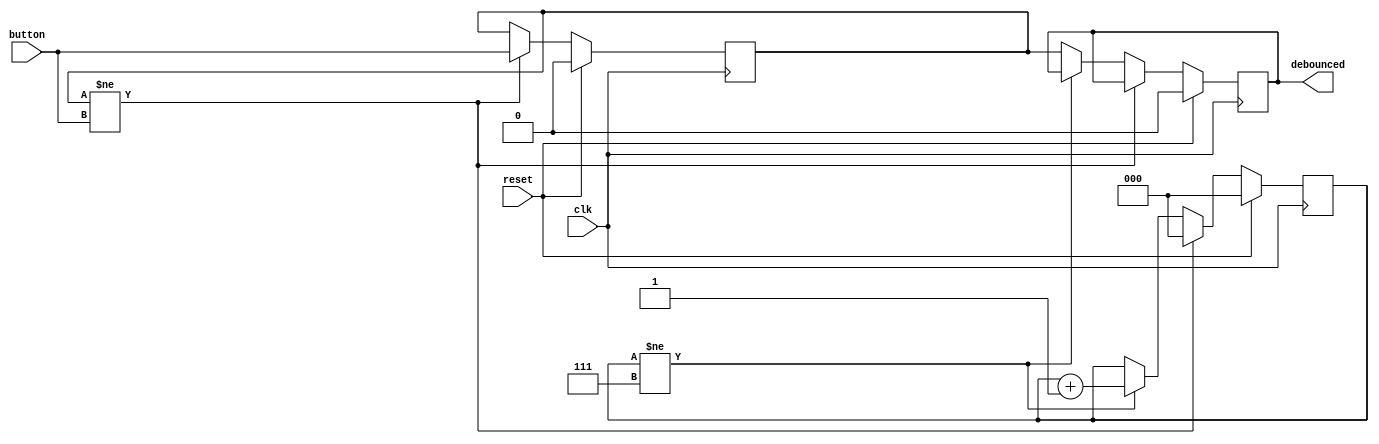
`default_nettype none
`timescale 1ns/1ns
module debounce 
#(parameter BITS = 3) (
    input wire clk,
    input wire reset,
    input wire button,
    output reg debounced
);

reg [BITS-1:0]counter;
reg prev_input;

always @(posedge clk) begin
    if (reset) begin
        counter <= 0;
        debounced <= 0;
        prev_input <= 0;
    end else if (prev_input != button) begin
        counter <= 0;
        prev_input <= button;
    end else if (counter != (1 << BITS) - 1) begin
        counter <= counter + 1;
    end else begin
        debounced = prev_input;
    end
end

endmodule